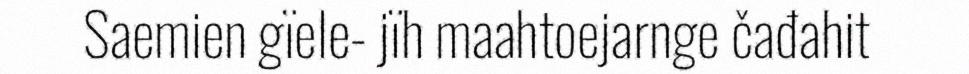
Saemien gïele- jïh maahtoejarnge čađahit